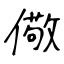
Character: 儆